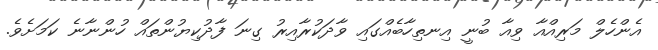
އެންހެލް މަރިއްއާ ވިއާ ބުނީ އިނތިހާބެއްގައި ވާދަކުރާއިރު ގިނަ ފާދުކިޔުންތައް ހުންނާނެ ކަަމަށެވެ.